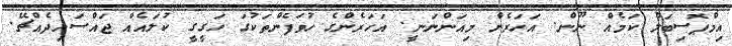
އިމްޕޮސިބަލް ކަމެއް ނޫން. އަހަރެން މިއަންނަނީ. އަހަރެންގެ ހުވަފެންތަކުގަ ހަގީގީ ކުލައެއް ޖައްސައިދެއްޗޭ.